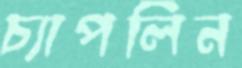
চ্যাপলিন